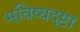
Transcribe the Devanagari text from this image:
भविष्यदृष्टा